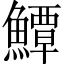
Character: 鱏